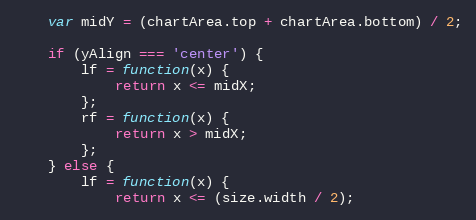
Language: JavaScript
	var midY = (chartArea.top + chartArea.bottom) / 2;

	if (yAlign === 'center') {
		lf = function(x) {
			return x <= midX;
		};
		rf = function(x) {
			return x > midX;
		};
	} else {
		lf = function(x) {
			return x <= (size.width / 2);